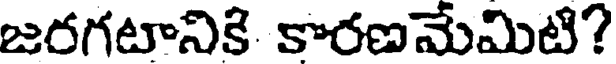
జరగటానికి కారణమేమిటి?